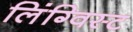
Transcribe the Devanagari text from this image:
लिंग्विस्ट